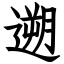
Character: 遡